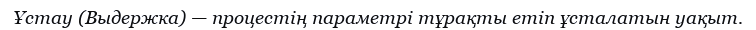
Ұстау (Выдержка) — процестің параметрі тұрақты етіп ұсталатын уақыт.